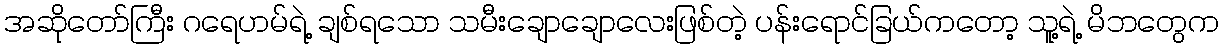
အဆိုတော်ကြီး ဂရေဟမ်ရဲ့ ချစ်ရသော သမီးချောချောလေးဖြစ်တဲ့ ပန်းရောင်ခြယ်ကတော့ သူ့ရဲ့ မိဘတွေက